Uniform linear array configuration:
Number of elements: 48
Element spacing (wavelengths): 0.25
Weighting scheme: kaiser
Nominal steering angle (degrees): -30
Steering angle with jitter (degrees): -31.163
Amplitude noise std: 0.05
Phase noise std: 0.05

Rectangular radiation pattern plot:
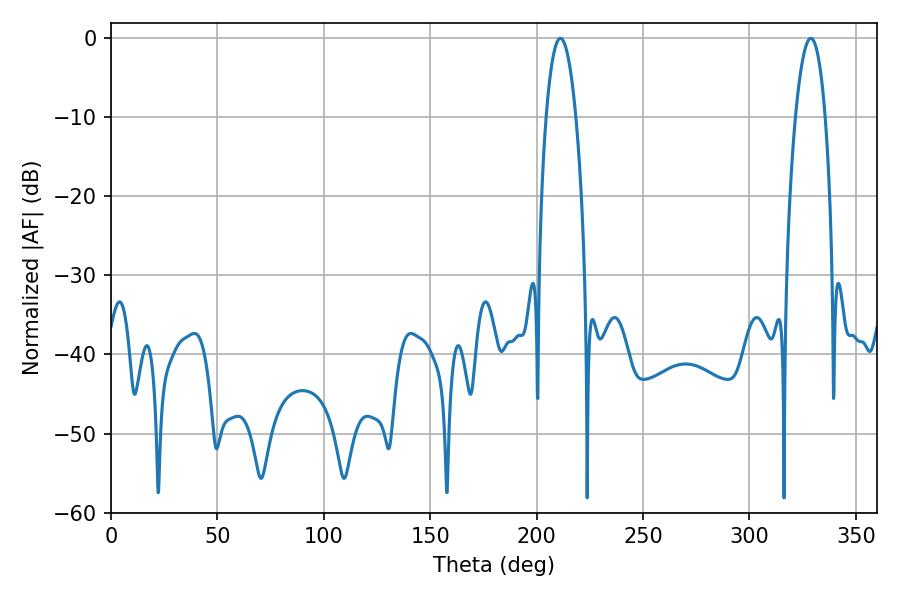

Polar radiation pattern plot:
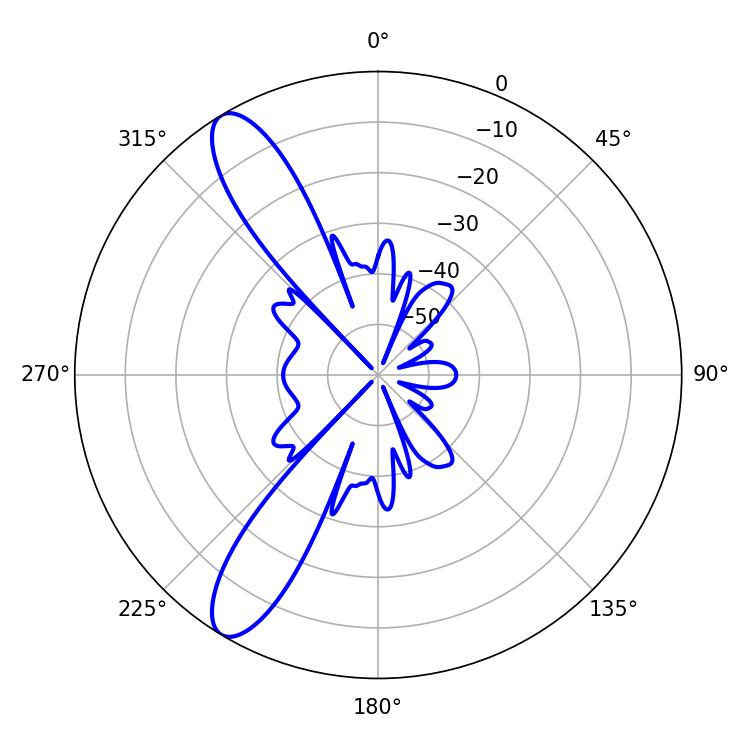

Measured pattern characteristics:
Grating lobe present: FALSE
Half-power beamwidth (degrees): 7.74
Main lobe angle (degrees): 211.14